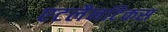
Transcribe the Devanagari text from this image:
एटलैनटिकस